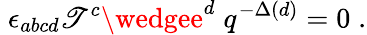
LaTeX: \; \epsilon_{abcd}{\cal\mathscr{T}}^{c}\wedgee^{d}\; q^{-\Delta(d)}=0\; .